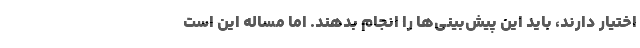
اختیار دارند، باید این پیش‌بینی‌ها را انجام بدهند. اما مساله این است